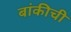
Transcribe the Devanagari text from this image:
बांकीची